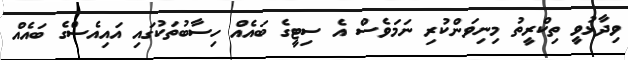
ވިދާޅުވީ ތިކްރީތު މިނިވަންކުރި ނަމަވެސް އެ ސިޓީގެ ބައެއް ހިސާބުތަކުގައި އައިއެސްގެ ބައެއް